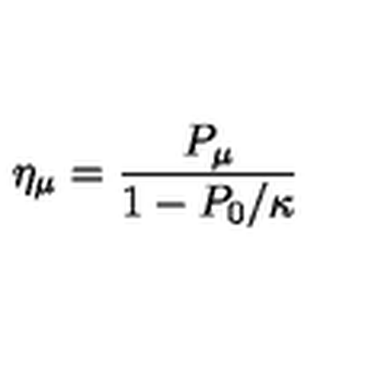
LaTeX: \eta _ { \mu } = \frac { P _ { \mu } } { 1 - P _ { 0 } / \kappa }